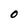
Character: O